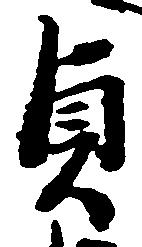
貞